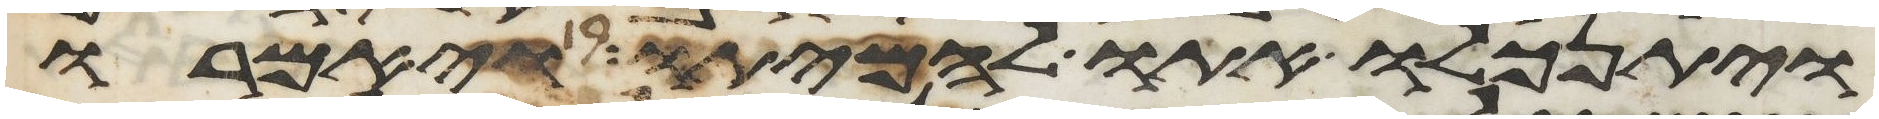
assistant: ויתנכלו אתו להמיתו ויאמרו